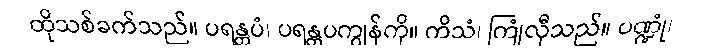
ထိုသစ်ခက်သည်။ ပရန္တပံ၊ ပရန္တပကျွန်ကို။ ကိသံ၊ ကြုံလှီသည်။ ပဏ္ဍုံ၊